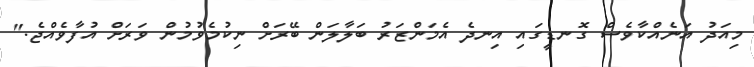
މިއަދު އަނެއްކާވެސް ގޮނޑީގައި އިނދެ އެމަންޒަރު ބަލާލަން ބޭރަށް ނިކުމެވުމުން ވަރަށް އުފާވެއްޖެ."